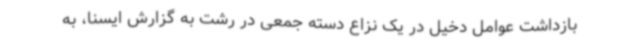
بازداشت عوامل دخیل در یک نزاع دسته جمعی در رشت به گزارش ایسنا، به